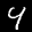
Label: 4